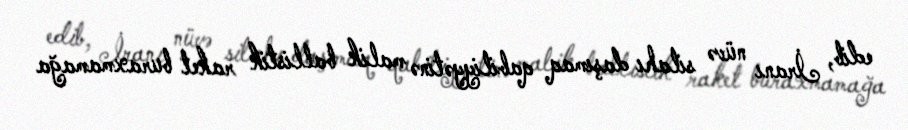
edib, İranı nüvə silahı daşımaq qabiliyyətinə malik ballistik raket buraxmamağa